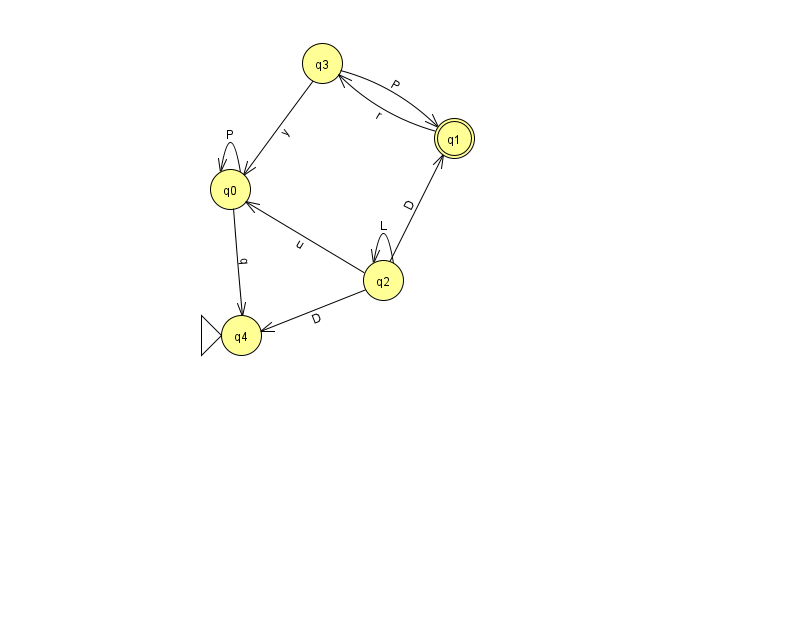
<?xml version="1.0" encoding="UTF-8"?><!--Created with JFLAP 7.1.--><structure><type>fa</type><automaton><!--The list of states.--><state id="0" name="q0"><x>230.0</x><y>176.0</y></state><state id="1" name="q1"><x>454.0</x><y>125.0</y><final/></state><state id="2" name="q2"><x>383.0</x><y>267.0</y></state><state id="3" name="q3"><x>322.0</x><y>50.0</y></state><state id="4" name="q4"><x>241.0</x><y>322.0</y><initial/></state><!--The list of transitions.--><transition><from>0</from><to>0</to><read>P</read></transition><transition><from>3</from><to>0</to><read>y</read></transition><transition><from>0</from><to>4</to><read>q</read></transition><transition><from>1</from><to>3</to><read>r</read></transition><transition><from>2</from><to>4</to><read>D</read></transition><transition><from>3</from><to>1</to><read>P</read></transition><transition><from>2</from><to>2</to><read>L</read></transition><transition><from>2</from><to>1</to><read>D</read></transition><transition><from>2</from><to>0</to><read>u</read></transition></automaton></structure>